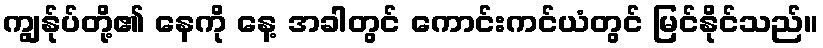
ကျွန်ုပ်တို့၏ နေကို နေ့ အခါတွင် ကောင်းကင်ယံတွင် မြင်နိုင်သည်။